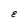
Character: E